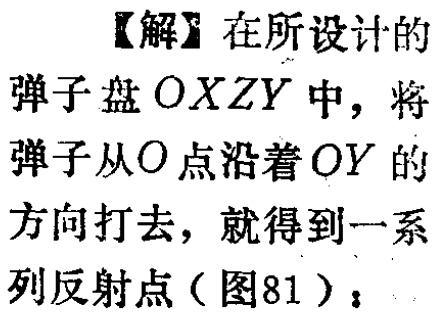
【解】在所设计的弹子盘\(OXZY\)中，将弹子从\(O\)点沿着\(OY\)的方向打去，就得到一系列反射点（图81）；